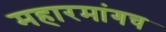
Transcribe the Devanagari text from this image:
महारमांगच